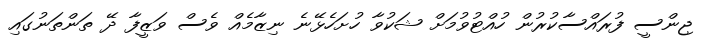
ޖިންސީ ފުރައްސާކުރުން ހުއްޓުވުމަށް ޝަކުވާ ހުށަހެޅޭނެ ނިޒާމެއް ވެސް ވަޒީފާ ދޭ ތަންތަނުގައި